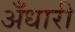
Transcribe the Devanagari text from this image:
अँधारी